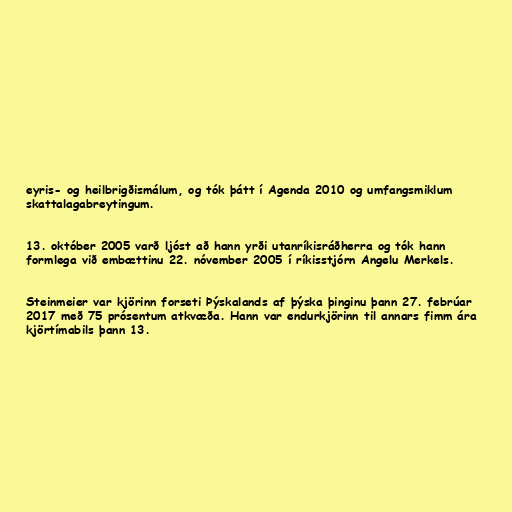
eyris- og heilbrigðismálum, og tók þátt í Agenda 2010 og umfangsmiklum
skattalagabreytingum.

13. október 2005 varð ljóst að hann yrði utanríkisráðherra og tók hann
formlega við embættinu 22. nóvember 2005 í ríkisstjórn Angelu Merkels.

Steinmeier var kjörinn forseti Þýskalands af þýska þinginu þann 27. febrúar
2017 með 75 prósentum atkvæða. Hann var endurkjörinn til annars fimm ára
kjörtímabils þann 13.